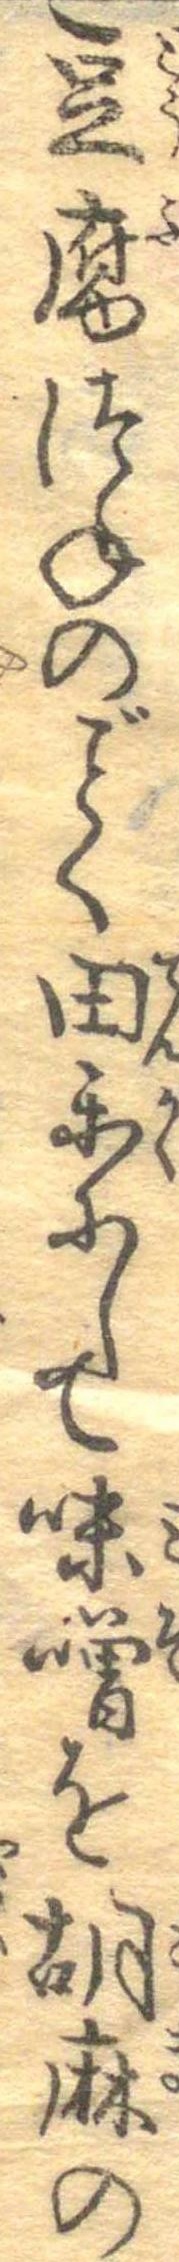
豆腐つねのごとく田楽にして味噌を胡麻の